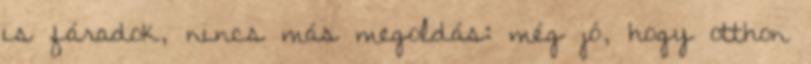
is fáradok, nincs más megoldás: még jó, hogy otthon